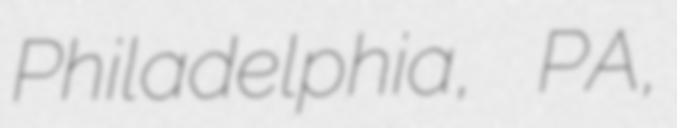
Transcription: Philadelphia, PA,